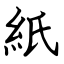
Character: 紙